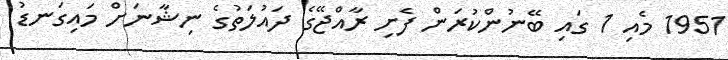
1951 މެއި 1 ގައި ބޭނުންކުރަން ފެށި ރާއްޖޭގެ ދައުލަތުގެ ނިޝާނަށް މައިގަނޑު